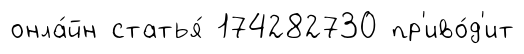
онла́йн статья́ 174282730 пр'иво́д'ит